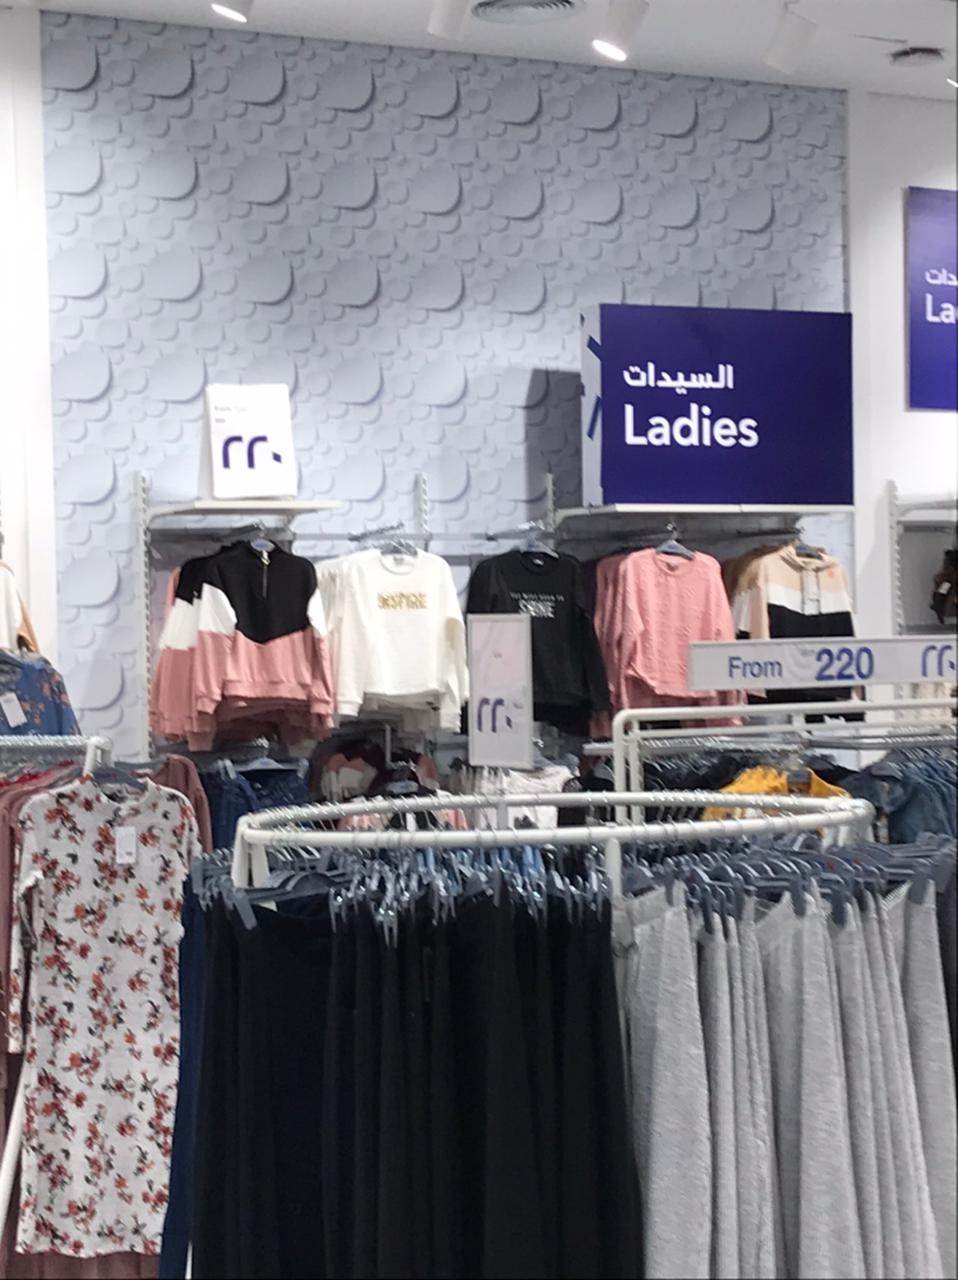
Text in image: السيدات 220 220 220 Ladies 220 From